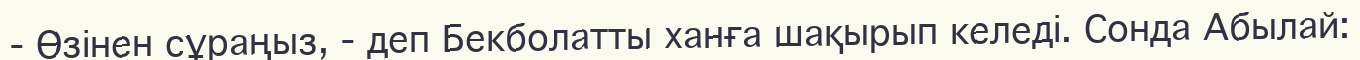
-	Өзінен сұраңыз, - деп Бекболатты ханға шақырып келеді. Сонда Абылай: